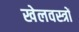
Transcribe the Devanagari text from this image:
खेलवस्त्रों